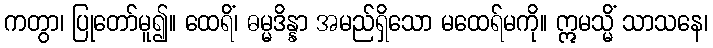
ကတွာ၊ ပြုတော်မူ၍။ ထေရိံ၊ ဓမ္မဒိန္နာ အမည်ရှိသော မထေရ်မကို။ ဣမသ္မိံ သာသနေ၊